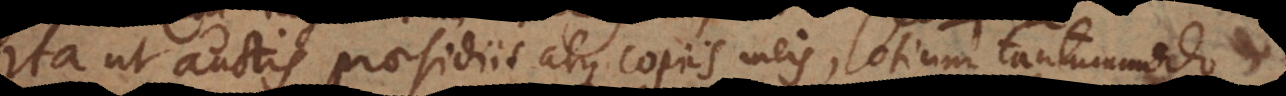
Ita ut auctis praesidiis atque copiis meis, otium tantummodo